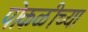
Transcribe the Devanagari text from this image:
पोकळीच्‍या